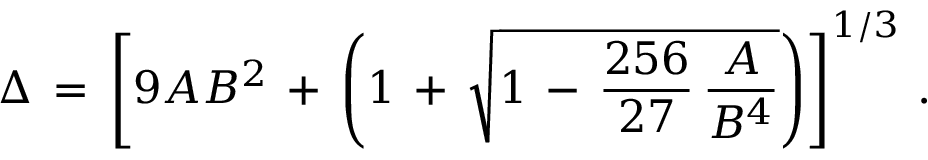
\begin{array} { l } { \displaystyle \Delta \, = \, \left[ 9 A B ^ { 2 } \, + \, \left( 1 \, + \, \sqrt { 1 \, - \, \frac { 2 5 6 } { 2 7 } \, \frac A { B ^ { 4 } } } \right) \right] ^ { 1 / 3 } \, . } \end{array}